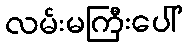
လမ်းမကြီးပေါ်